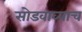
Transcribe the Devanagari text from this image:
सोडवाव्याच